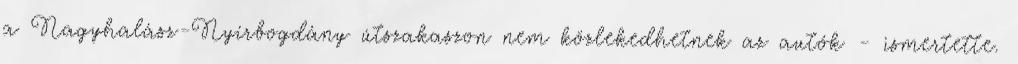
a Nagyhalász-Nyírbogdány útszakaszon nem közlekedhetnek az autók - ismertette.